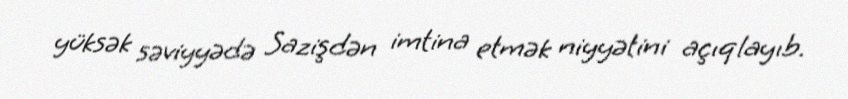
yüksək səviyyədə Sazişdən imtina etmək niyyətini açıqlayıb.